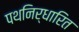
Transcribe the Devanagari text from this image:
पथनिर्धारित